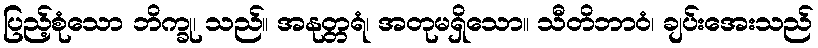
ပြည့်စုံသော ဘိက္ခု၊ သည်။ အနုတ္တရံ၊ အတုမရှိသော။ သီတိဘာဝံ၊ ချပ်းအေးသည်